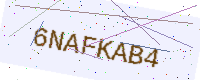
Text: 6NAFKAB4